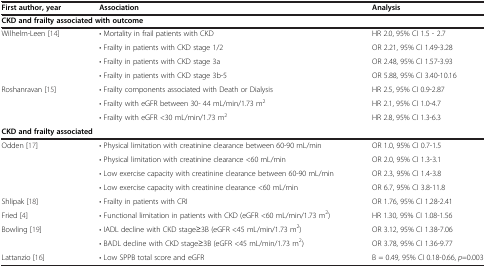
<table><thead><tr><td><b>First author, year</b></td><td><b>Association</b></td><td><b>Analysis</b></td></tr></thead><tbody><tr><td colspan="3"><b>CKD and frailty associated with outcome</b></td></tr><tr><td rowspan="4">Wilhelm-Leen [14]</td><td>• Mortality in frail patients with CKD</td><td>HR 2.0, 95% CI 1.5 - 2.7</td></tr><tr><td>• Frailty in patients with CKD stage 1/2</td><td>OR 2.21, 95% CI 1.49-3.28</td></tr><tr><td>• Frailty in patients with CKD stage 3a</td><td>OR 2.48, 95% CI 1.57-3.93</td></tr><tr><td>• Frailty in patients with CKD stage 3b-5</td><td>OR 5.88, 95% CI 3.40-10.16</td></tr><tr><td rowspan="3">Roshanravan [15]</td><td>• Frailty components associated with Death or Dialysis</td><td>HR 2.5, 95% CI 0.9-2.87</td></tr><tr><td>• Frailty with eGFR between 30- 44 mL/min/1.73 m<sup>2</sup></td><td>HR 2.1, 95% CI 1.0-4.7</td></tr><tr><td>• Frailty with eGFR &lt;30 mL/min/1.73 m<sup>2</sup></td><td>HR 2.8, 95% CI 1.3-6.3</td></tr><tr><td colspan="3"><b>CKD and frailty associated</b></td></tr><tr><td rowspan="4">Odden [17]</td><td>• Physical limitation with creatinine clearance between 60-90 mL/min</td><td>OR 1.0, 95% CI 0.7-1.5</td></tr><tr><td>• Physical limitation with creatinine clearance &lt;60 mL/min</td><td>OR 2.0, 95% CI 1.3-3.1</td></tr><tr><td>• Low exercise capacity with creatinine clearance between 60-90 mL/min</td><td>OR 2.3, 95% CI 1.4-3.8</td></tr><tr><td>• Low exercise capacity with creatinine clearance &lt;60 mL/min</td><td>OR 6.7, 95% CI 3.8-11.8</td></tr><tr><td>Shlipak [18]</td><td>• Frailty in patients with CRI</td><td>OR 1.76, 95% CI 1.28-2.41</td></tr><tr><td>Fried [4]</td><td>• Functional limitation in patients with CKD (eGFR &lt;60 mL/min/1.73 m<sup>2</sup>)</td><td>HR 1.30, 95% CI 1.08-1.56</td></tr><tr><td rowspan="2">Bowling [19]</td><td>• IADL decline with CKD stage≥3B (eGFR &lt;45 mL/min/1.73 m<sup>2</sup>)</td><td>OR 3.12, 95% CI 1.38-7.06</td></tr><tr><td>• BADL decline with CKD stage≥3B (eGFR &lt;45 mL/min/1.73 m<sup>2</sup>)</td><td>OR 3.78, 95% CI 1.36-9.77</td></tr><tr><td>Lattanzio [16]</td><td>• Low SPPB total score and eGFR</td><td>B = 0.49, 95% CI 0.18-0.66, <i>p</i>=0.003</td></tr></tbody></table>